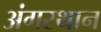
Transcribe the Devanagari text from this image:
अंगस्थान